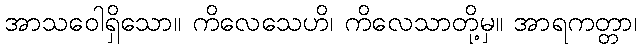
အာသဝေါရှိသော။ ကိလေသေဟိ၊ ကိလေသာတို့မှ။ အာရကတ္တာ၊